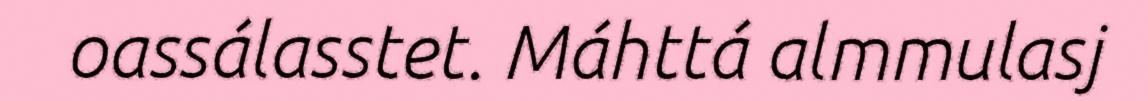
oassálasstet. Máhttá almmulasj